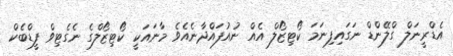
އެޑްރީނަލް ގްލޭންޑް ނަގައިފިނަމަ ކޯޓިޒޯލް އެއް ނުއުފައްދާނެއެވެ މާނައަކީ ކޯޓިޒޯލްގެ ނެގެޓިވް ފީޑްބެކް